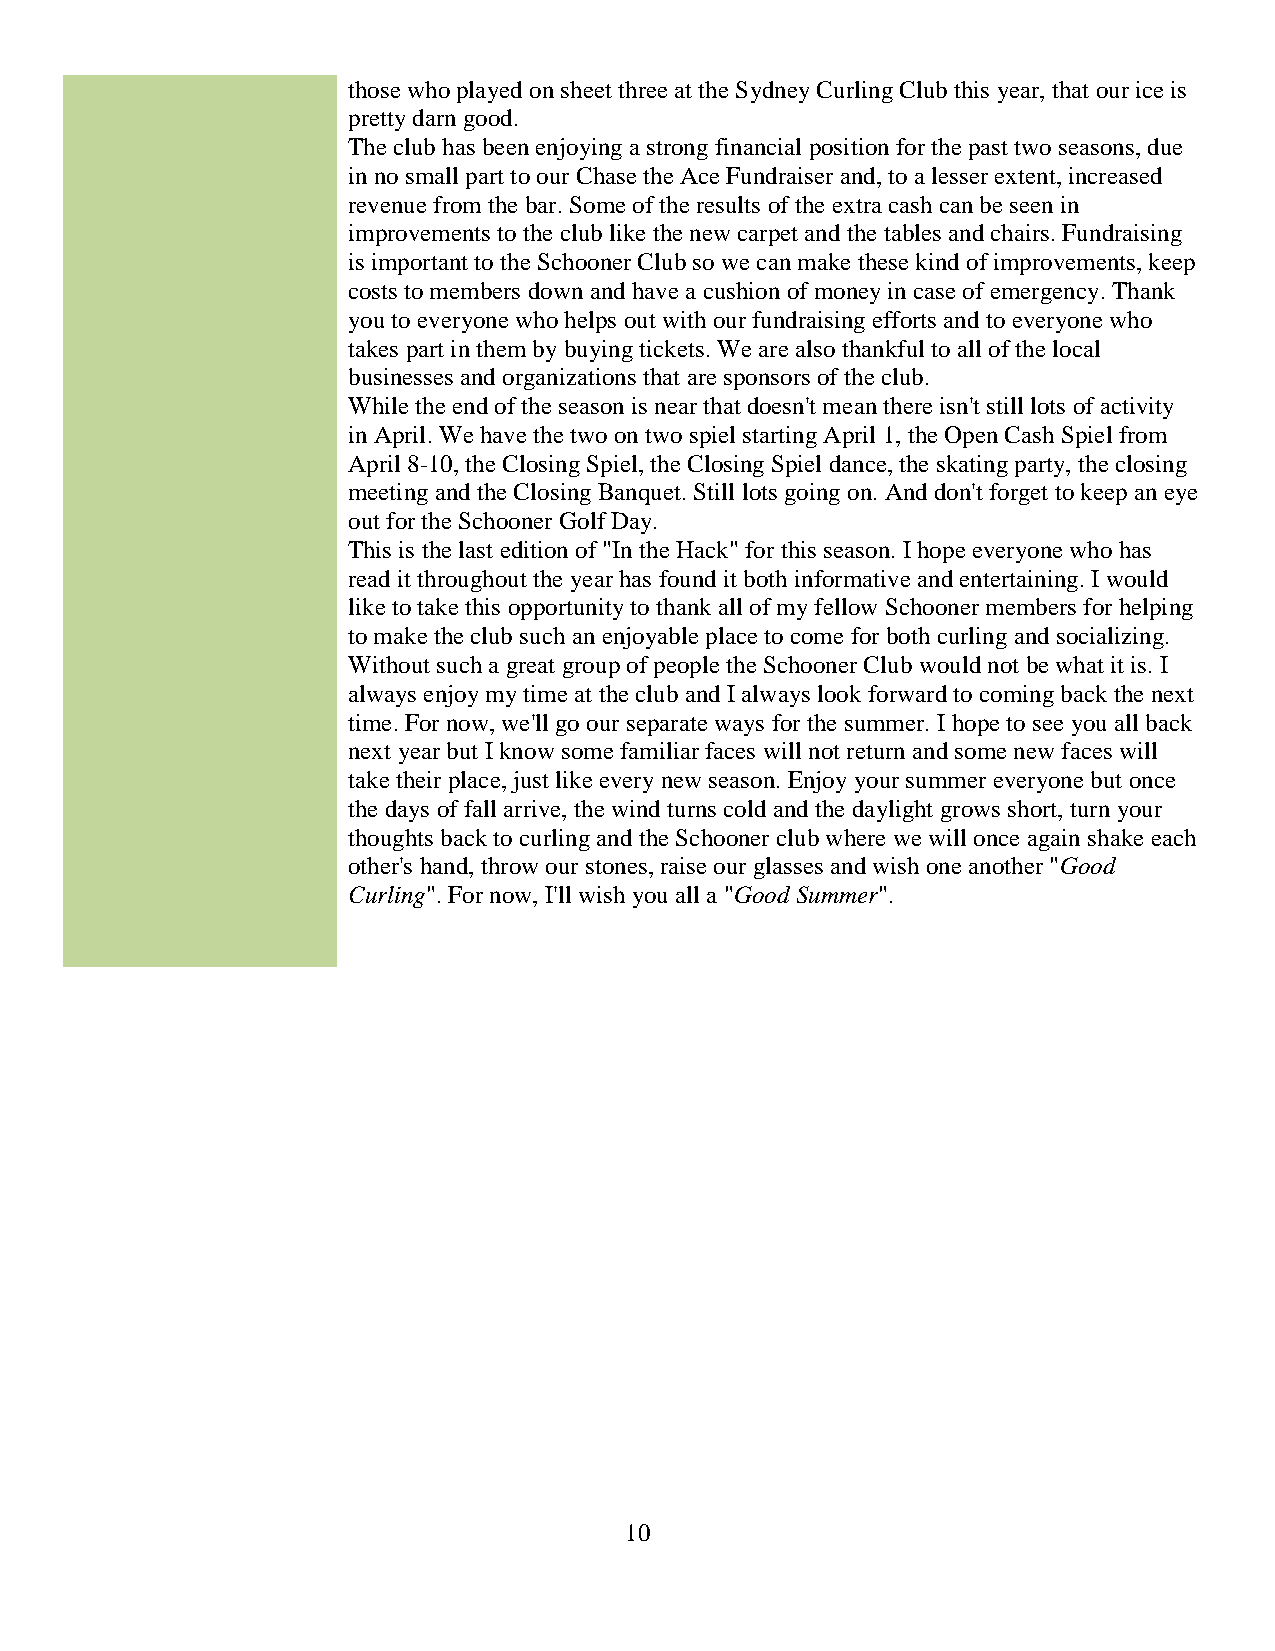
those who played on sheet three at the Sydney Curling Club this year, that our ice is
 pretty darn good.
 The club has been enjoying a strong financial position for the past two seasons, due
 in no small part to our Chase the Ace Fundraiser and, to a lesser extent, increased
 revenue from the bar. Some of the results of the extra cash can be seen in
 improvements to the club like the new carpet and the tables and chairs. Fundraising
 is important to the Schooner Club so we can make these kind of improvements, keep
 costs to members down and have a cushion of money in case of emergency. Thank
 you to everyone who helps out with our fundraising efforts and to everyone who
 takes part in them by buying tickets. We are also thankful to all of the local
 businesses and organizations that are sponsors of the club.
 While the end of the season is near that doesn't mean there isn't still lots of activity
 in April. We have the two on two spiel starting April 1, the Open Cash Spiel from
 April 8-10, the Closing Spiel, the Closing Spiel dance, the skating party, the closing
 meeting and the Closing Banquet. Still lots going on. And don't forget to keep an eye
 out for the Schooner Golf Day.
 This is the last edition of "In the Hack" for this season. I hope everyone who has
 read it throughout the year has found it both informative and entertaining. I would
 like to take this opportunity to thank all of my fellow Schooner members for helping
 to make the club such an enjoyable place to come for both curling and socializing.
 Without such a great group of people the Schooner Club would not be what it is. I
 always enjoy my time at the club and I always look forward to coming back the next
 time. For now, we'll go our separate ways for the summer. I hope to see you all back
 next year but I know some familiar faces will not return and some new faces will
 take their place, just like every new season. Enjoy your summer everyone but once
 the days of fall arrive, the wind turns cold and the daylight grows short, turn your
 thoughts back to curling and the Schooner club where we will once again shake each
 other's hand, throw our stones, raise our glasses and wish one another "Good
 Curling". For now, I'll wish you all a "Good Summer".
 10